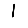
Digit: 1